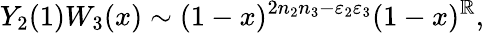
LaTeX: Y_{2}(1)W_{3}(x)\sim(1-x)^{2n_{2}n_{3}-\varepsilon_{2}\varepsilon_{3}}(1-x)^{\mathbb{R}},